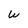
Character: w